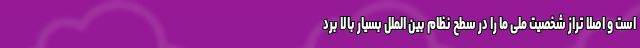
است و اصلا تراز شخصیت ملی ما را در سطح نظام بین الملل بسیار بالا برد